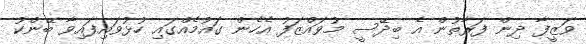
ވަޒީފާ ދިން ފަރާތުން އެ ބިދޭސީ މުވައްޒަފު އެހެން ގައުމެއްގައި ހުޅުވައިފައިވާ ބޭންކު